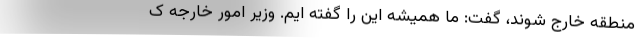
منطقه خارج شوند، گفت: ما همیشه این را گفته ایم. وزیر امور خارجه ک